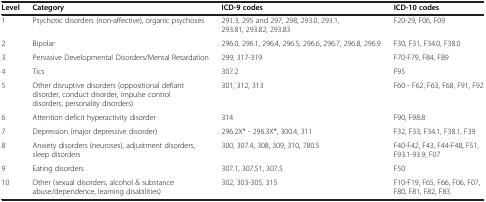
| Level | Category | ICD-9 codes | ICD-10 codes |
 | --- | --- | --- | --- |
 | 1 | Psychotic disorders (non-affective), organic psychoses | 291.3, 295 and 297, 298, 293.0, 293.1, 293.81, 293.82, 293.83 | F20-29, F06, F09 |
 | 2 | Bipolar | 296.0, 296.1, 296.4, 296.5, 296.6, 296.7, 296.8, 296.9 | F30, F31, F34.0, F38.0 |
 | 3 | Pervasive Developmental Disorders/Mental Retardation | 299, 317-319 | F70-F79, F84, F89 |
 | 4 | Tics | 307.2 | F95 |
 | 5 | Other disruptive disorders (oppositional defiant disorder, conduct disorder, impulse control disorders, personality disorders) | 301, 312, 313 | F60 - F62, F63, F68, F91, F92 |
 | 6 | Attention deficit hyperactivity disorder | 314 | F90, F98.8 |
 | 7 | Depression (major depressive disorder) | 296.2X* - 296.3X*, 300.4, 311 | F32, F33, F34.1, F38.1, F39 |
 | 8 | Anxiety disorders (neuroses), adjustment disorders, sleep disorders | 300, 307.4, 308, 309, 310, 780.5 | F40-F42, F43, F44-F48, F51, F93.1-93.9, F07 |
 | 9 | Eating disorders | 307.1, 307.51, 307.5 | F50 |
 | 10 | Other (sexual disorders, alcohol & substance abuse/dependence, learning disabilities) | 302, 303-305, 315 | F10-F19, F65, F66, F06, F07, F80, F81, F82, F83 |